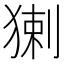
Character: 𤟰